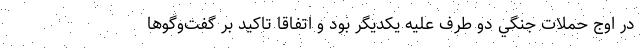
در اوج حملات جنگي دو طرف عليه يكديگر بود و اتفاقا تاكيد بر گفت‌وگوها